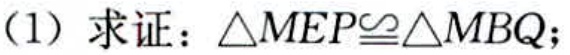
（1）求证：\(\triangle MEP\cong\triangle MBQ\)；